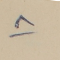
٨